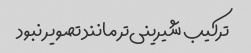
ترکیب شیرینی‌تر مانند تصویر نبود